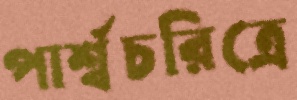
পার্শ্বচরিত্রে